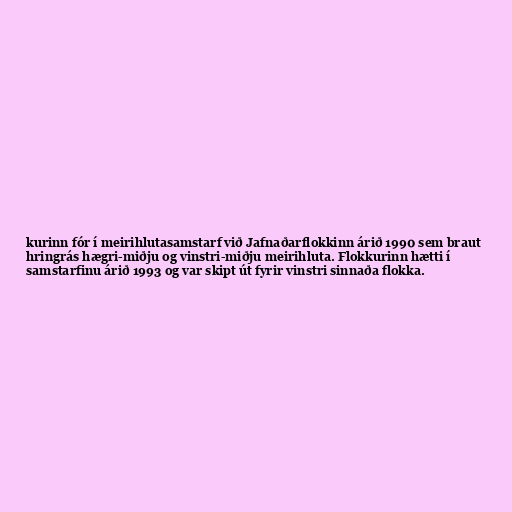
kurinn fór í meirihlutasamstarf við Jafnaðarflokkinn árið 1990 sem braut
hringrás hægri-miðju og vinstri-miðju meirihluta. Flokkurinn hætti í
samstarfinu árið 1993 og var skipt út fyrir vinstri sinnaða flokka.